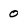
Character: 0